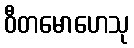
ဝီတမောဟေသု